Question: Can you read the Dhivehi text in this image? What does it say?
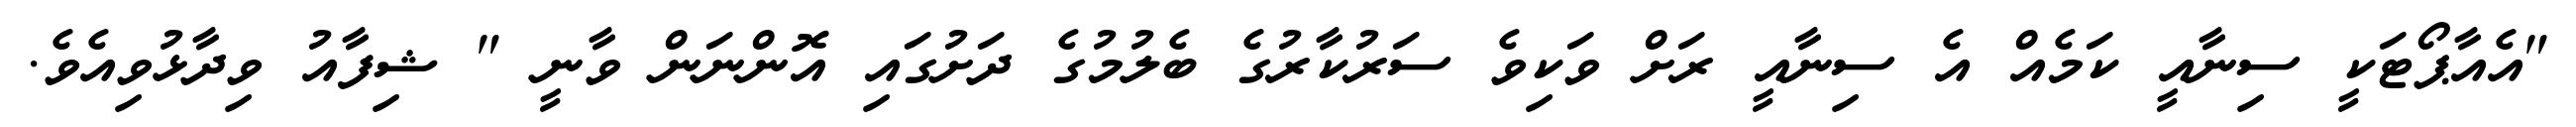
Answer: "އެއާޕޯޓަކީ ސިނާއީ ކަމެއް އެ ސިނާއީ ރަށް ވަކިވެ ސަރުކާރުގެ ބެލުމުގެ ދަށުގައި އޮންނަން ވާނީ " ޝިފާއު ވިދާޅުވިއެވެ.